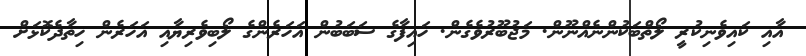
އާއި ކައިވެނިކުރީ ލޯތްބަކުންނެއްނޫން. މަޖުބޫރުވެގެން. ހައިފާގެ ސަބަބުން އަހަރެންގެ ލޯބިވެރިޔާއި އަހަރެން ހިތާދެކޮޅަށް